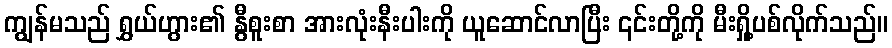
ကျွန်မသည် ရွှယ်ဟွား၏ နွီစူးစာ အားလုံးနီးပါးကို ယူဆောင်လာပြီး ၎င်းတို့ကို မီးရှို့ပစ်လိုက်သည်။